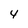
Character: 4